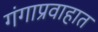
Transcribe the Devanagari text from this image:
गंगाप्रवाहात